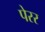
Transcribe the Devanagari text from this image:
पेरर